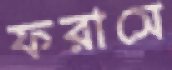
ফরাসে